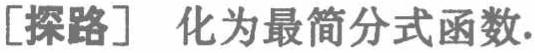
[探路] 化为最简分式函数.